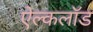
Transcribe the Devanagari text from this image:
ऐल्कलॉड